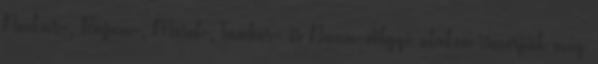
Neckar-, Rajna-, Mosel-, Tauber- és Duna-völgyi utakon ismerjük meg